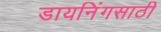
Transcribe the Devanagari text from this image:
डायनिंगसाठी